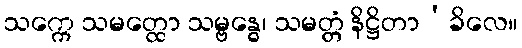
သက္ကေ သမတ္ထော သမ္ဗန္ဓေ၊ သမတ္တံ နိဋ္ဌိတာ’ခိလေ။